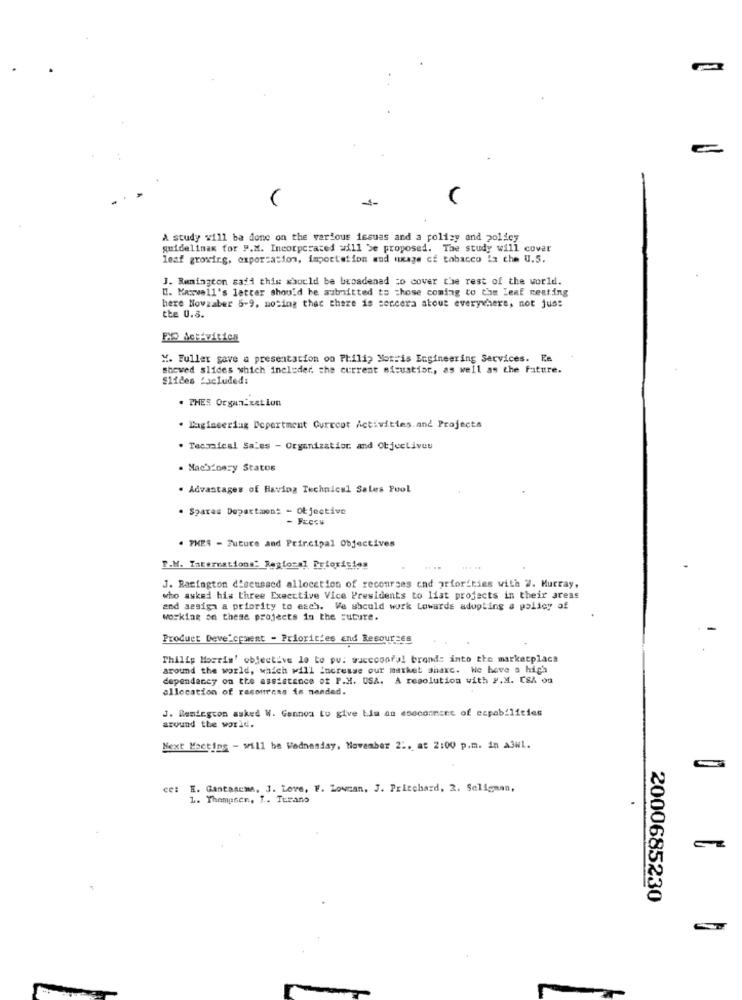
A study w111 ba done on the various issues and a policy and policy
guidelines for P.M. Incorporated will be proposed. The study will cover
leaf grovirg, exportation, importation and nuage cf tobacco is che U.S.
J. Remington safi this should be broadenad :o cover the rest of the world.
". Maxwell's letter should be submitted to chose coming to the leaf meeting
here Nowzaber 5-9, noting that there is sencera atout everywhere, not jus:
the U.S.
PO Activition
X. Fuller gave a presentation on Philip Morris Engineering Services. Re
showed slides which includer. the current si:ustist, as well as the Future.
Slides 'seluded:
. THER Organization
. Lagineering Department Current Activities and Projects
. Tecraical Sales - Organization and Objectives
. Machinery Statos
. Advantages of Having Technical Sales Pool
. Sparas Department - Objective
. THER - Future and Principal Objectives
D.M. Internations: Regional Priorities
J. Racington discussed allocation of recourses and priorities with 2. Murray,
who asked his three Executive Vice Presidents to list projects in their areas
and sesiga a priority to each. Ve should work Lowards adopting a policy of
working on these projects in the Future.
Product Development - Priorit'es and Resources
Philip Morris' objective le to po: succconfal brond: into the marketplace
around the world, which will increase our market share. We have a high
dependency on the assistance of P.H. USA. A resolution with P.M. CSA ou
allocation of resourens is nended.
J. Remington asked W. Gannoa to give bim an esecomment of capabilities
around the world.
Next Meeting - will be Wednesday, November 2 :, at 2:00 p.m. in a3w1.
cc: E. GantaAcme, J. Love, F. Lowcan. J. Pritchard, 2. Seligman,
1. Thomasen, 1 .. Itrans
2000685230